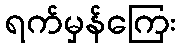
ရက်မှန်ကြေး